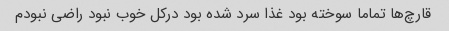
قارچ‌ها تماما سوخته بود غذا سرد شده بود درکل خوب نبود راضی نبودم